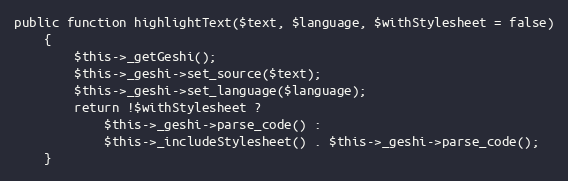
Language: PHP
public function highlightText($text, $language, $withStylesheet = false)
    {
        $this->_getGeshi();
        $this->_geshi->set_source($text);
        $this->_geshi->set_language($language);
        return !$withStylesheet ?
            $this->_geshi->parse_code() :
            $this->_includeStylesheet() . $this->_geshi->parse_code();
    }